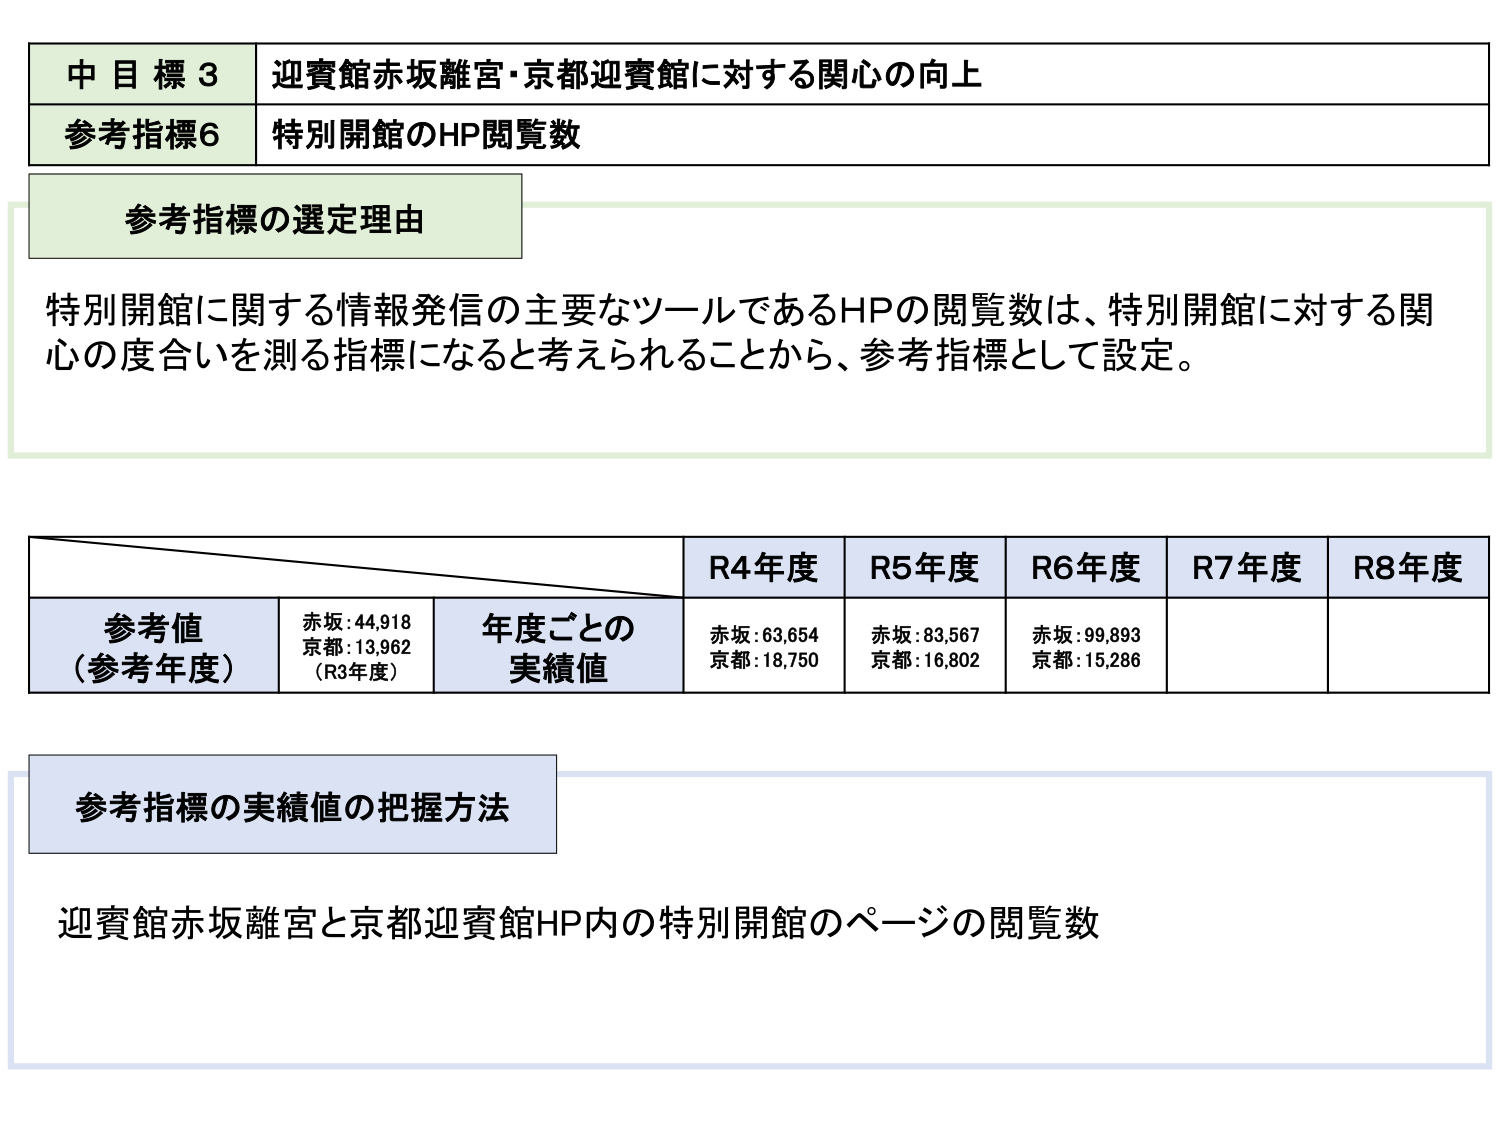
中目標3 迎賓館赤坂離宮・京都迎賓館に対する関心の向上
参考指標6 特別開館のHP閲覧数

参考指標の選定理由
特別開館に関する情報発信の主要なツールであるHPの閲覧数は、特別開館に対する関心の度合いを測る指標になると考えられることから、参考指標として設定。

R4年度 R5年度 R6年度 R7年度 R8年度
参考値（参考年度） 赤坂:44,918 京都:13,962（R3年度） 年度ごとの実績値 赤坂:63,654 京都:18,750 赤坂:83,567 京都:16,802 赤坂:99,893 京都:15,286

参考指標の実績値の把握方法
迎賓館赤坂離宮と京都迎賓館HP内の特別開館のページの閲覧数